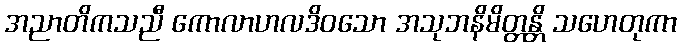
အညာတိကသညီ ကောလာဟလဒိဝသော အသုဘနိမိတ္တန္တိ သဟေတုကာ